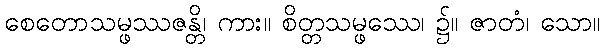
စေတောသမ္ဖဿဇန္တိ၊ ကား။ စိတ္တသမ္ဖဿေ၊ ၌။ ဇာတံ၊ သော။